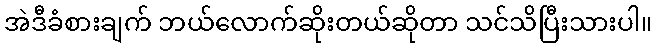
အဲဒီခံစားချက် ဘယ်လောက်ဆိုးတယ်ဆိုတာ သင်သိပြီးသားပါ။